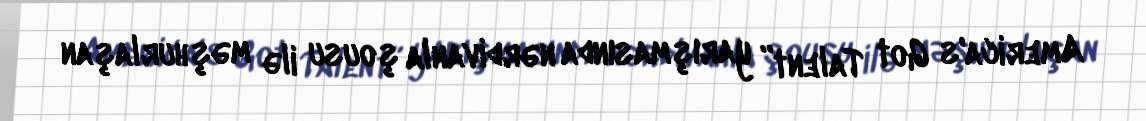
America's Got Talent” yarışmasında nərdivanla şousu ilə məşhurlaşan